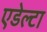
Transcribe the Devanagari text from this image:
एडेल्टा